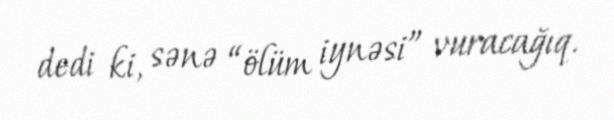
dedi ki, sənə “ölüm iynəsi” vuracağıq.